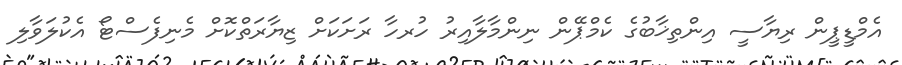
އެމްޑީޕީން ރިޔާސީ އިންތިޚާބުގެ ކެމްޕޭން ނިންމާލާއިރު ހުރހާ ރަށަކަށް ޒިޔާރަތްކޮށް މެނިފެސްޓޯ އެކުލަވާލި